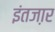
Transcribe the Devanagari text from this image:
इंतजा़र